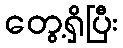
တွေ့ရှိပြီး